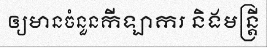
ឲ្យមានចំនួនកីឡាករ និងមន្ត្រី